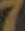
7